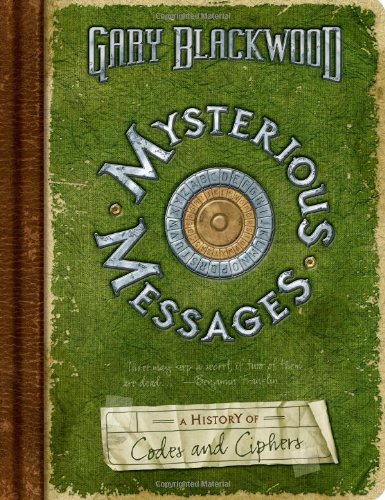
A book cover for Mysterious Messages: a History of Codes and Ciphers; Gary Blackwood; Children's Books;